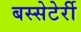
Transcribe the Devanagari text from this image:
बस्सेटेर्री